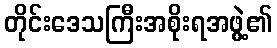
တိုင်းဒေသကြီးအစိုးရအဖွဲ့၏